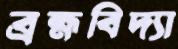
ব্রহ্মবিদ্যা